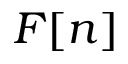
F [ n ]